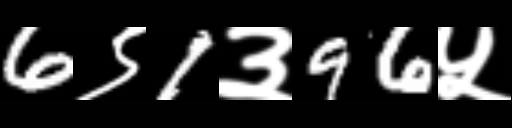
Text: 6९1३96५